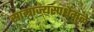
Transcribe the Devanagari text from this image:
साम्राज्यस्पर्धेमुळे